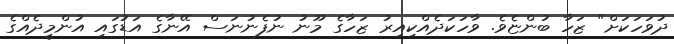
ދުވަހަކަށް" ޒަހާ ބުންޏެވެ. ވާހަކަދެއްކިއިރު ޒަހާގެ މޫނު ނުފެނުނަސް އޭނާގެ އަޑުގައި އުންމީދެއްގެ